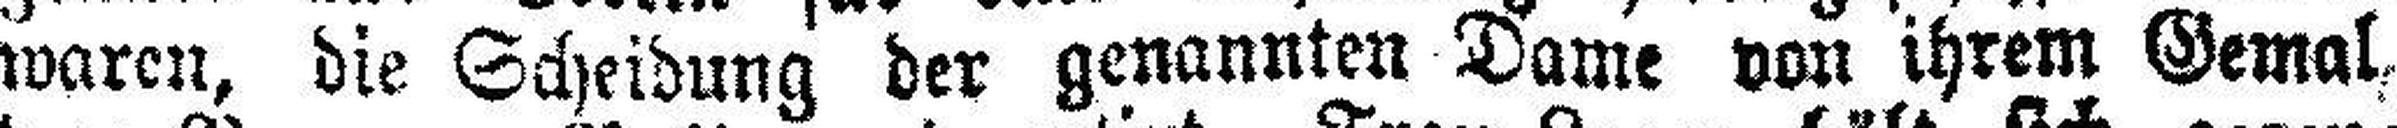
waren, die Scheidung der genannten Dame von ihrem Gemal,